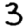
Digit: 3